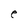
Character: e